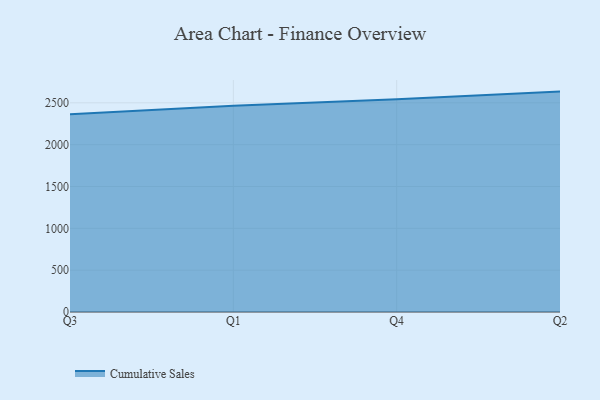
{"axis": {"x": "Quarter", "y": "Energy Usage (MWh)"}, "legend": ["Cumulative Sales"], "data": [{"x": "Q3", "y": 2362.6, "type": "Cumulative Sales"}, {"x": "Q1", "y": 2463.7, "type": "Cumulative Sales"}, {"x": "Q4", "y": 2543.5, "type": "Cumulative Sales"}, {"x": "Q2", "y": 2634.1, "type": "Cumulative Sales"}]}